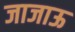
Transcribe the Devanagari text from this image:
जाजाऊ